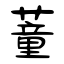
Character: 蕫